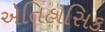
એતિહાસિક